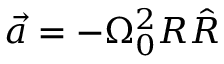
\vec { a } = - { \Omega } _ { 0 } ^ { 2 } R \hat { R }